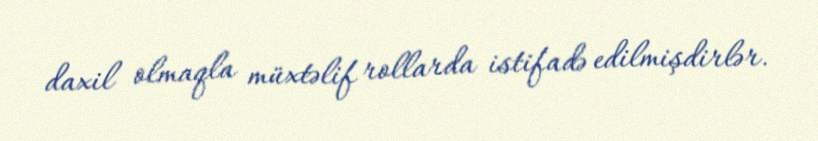
daxil olmaqla müxtəlif rollarda istifadə edilmişdirlər.